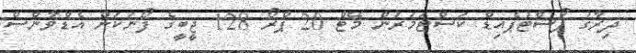
ދިރާގު ޕޯސްޓުޕެއިޑް ކަސްޓަމަރުން މޭޓް 20 ޕްރޯ 128 ޖީބީގެ ފޯނަކަށް އެޑްވާންސް